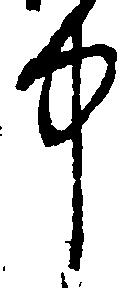
中